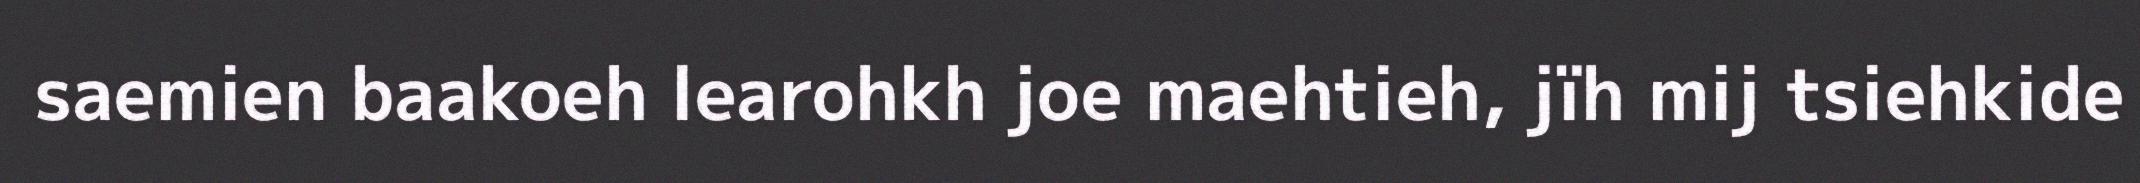
saemien baakoeh learohkh joe maehtieh, jïh mij tsiehkide